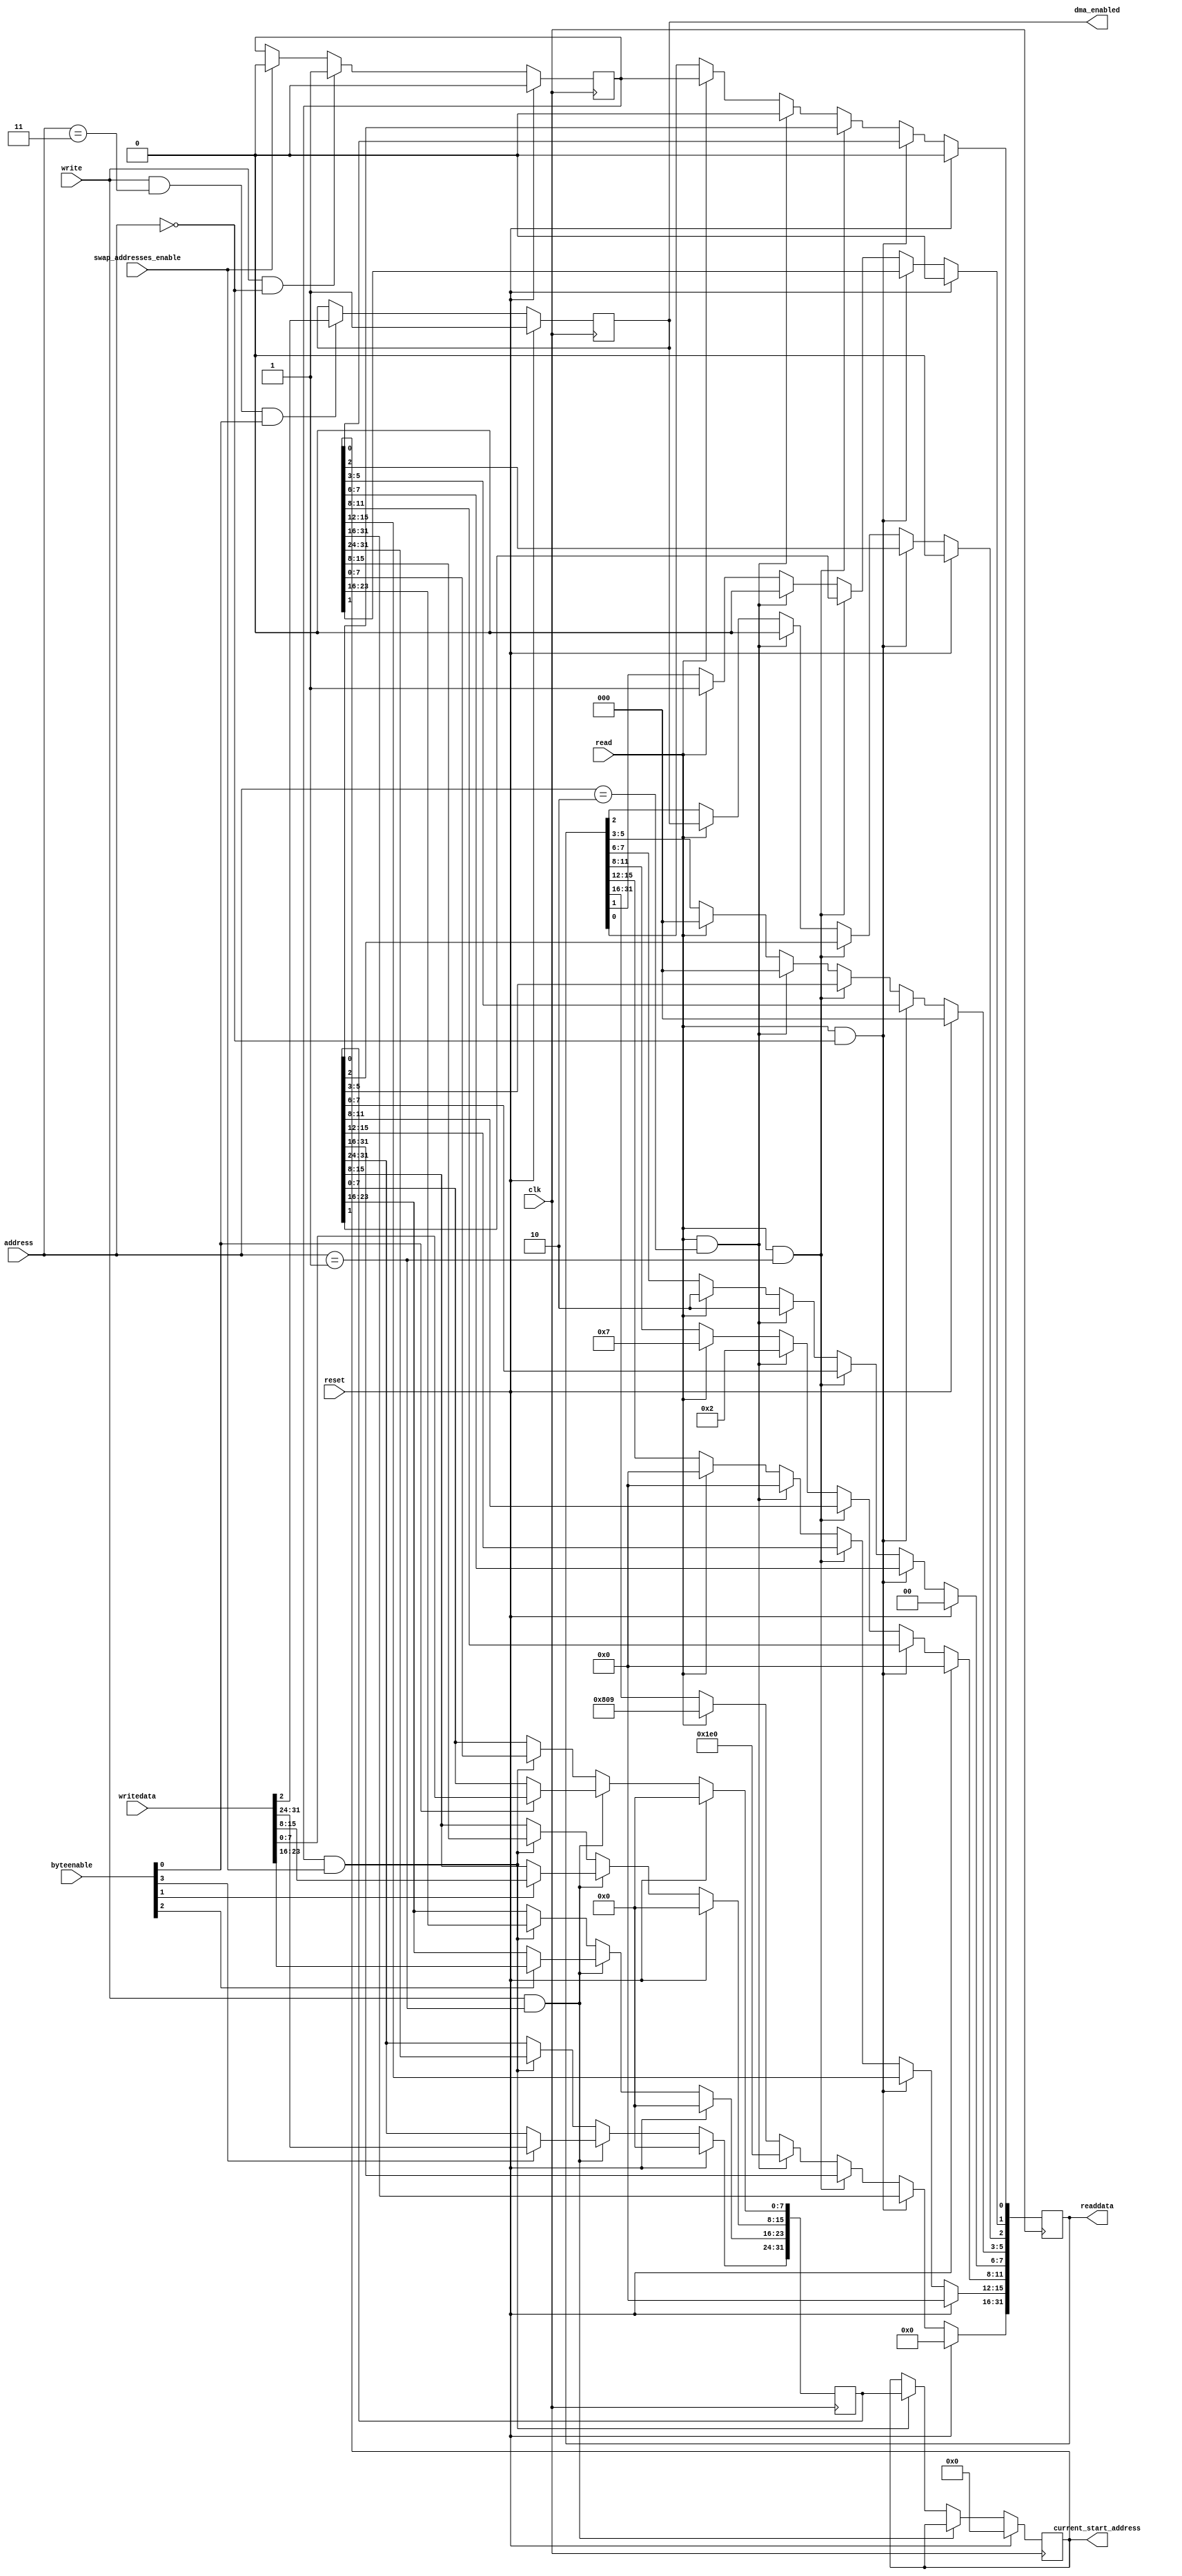
module altera_up_video_dma_control_slave (
	clk,
	reset,
	address,
	byteenable,
	read,
	write,
	writedata,
	swap_addresses_enable,
	readdata,
	current_start_address,
	dma_enabled
);
parameter DEFAULT_BUFFER_ADDRESS		= 32'h00000000;
parameter DEFAULT_BACK_BUF_ADDRESS	= 32'h00000000;
parameter WIDTH							= 640; 
parameter HEIGHT							= 480; 
parameter ADDRESSING_BITS				= 16'h0809;
parameter COLOR_BITS						= 4'h7; 
parameter COLOR_PLANES					= 2'h2; 
parameter ADDRESSING_MODE				= 1'b1; 
parameter DEFAULT_DMA_ENABLED			= 1'b1; 
input						clk;
input						reset;
input			[ 1: 0]	address;
input			[ 3: 0]	byteenable;
input						read;
input						write;
input			[31: 0]	writedata;
input						swap_addresses_enable;
output reg	[31: 0]	readdata;
output		[31: 0]	current_start_address;
output reg				dma_enabled;
reg			[31: 0]	buffer_start_address;
reg			[31: 0]	back_buf_start_address;
reg						buffer_swap;
always @(posedge clk)
begin
	if (reset)
		readdata <= 32'h00000000;
	else if (read & (address == 2'h0))
		readdata <= buffer_start_address;
	else if (read & (address == 2'h1))
		readdata <= back_buf_start_address;
	else if (read & (address == 2'h2))
	begin
		readdata[31:16] <= HEIGHT;
		readdata[15: 0] <= WIDTH;
	end
	else if (read)
	begin
		readdata[31:16] <= ADDRESSING_BITS;
		readdata[15:12] <= 4'h0;
		readdata[11: 8] <= COLOR_BITS;
		readdata[ 7: 6] <= COLOR_PLANES;
		readdata[ 5: 3] <= 3'h0;
		readdata[    2] <= dma_enabled;
		readdata[    1] <= ADDRESSING_MODE;
		readdata[    0] <= buffer_swap;
	end
end
always @(posedge clk)
begin
	if (reset)
	begin
		buffer_start_address	<= DEFAULT_BUFFER_ADDRESS;
		back_buf_start_address	<= DEFAULT_BACK_BUF_ADDRESS;
	end
	else if (write & (address == 2'h1))
	begin
		if (byteenable[0])
			back_buf_start_address[ 7: 0] <= writedata[ 7: 0];
		if (byteenable[1])
			back_buf_start_address[15: 8] <= writedata[15: 8];
		if (byteenable[2])
			back_buf_start_address[23:16] <= writedata[23:16];
		if (byteenable[3])
			back_buf_start_address[31:24] <= writedata[31:24];
	end
	else if (buffer_swap & swap_addresses_enable)
	begin
		buffer_start_address <= back_buf_start_address;
		back_buf_start_address <= buffer_start_address;
	end
end
always @(posedge clk)
begin
	if (reset)
		buffer_swap <= 1'b0;
	else if (write & (address == 2'h0))
		buffer_swap <= 1'b1;
	else if (swap_addresses_enable)
		buffer_swap <= 1'b0;
end
always @(posedge clk)
begin
	if (reset)
		dma_enabled <= DEFAULT_DMA_ENABLED;
	else if (write & (address == 2'h3) & byteenable[0])
		dma_enabled <= writedata[2];
end
assign current_start_address	= buffer_start_address;
endmodule